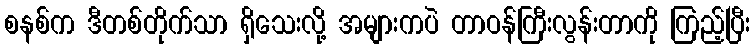
စနစ်က ဒီတစ်တိုက်သာ ရှိသေးလို့ အများကပဲ တာဝန်ကြီးလွန်းတာကို ကြည့်ပြီး